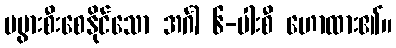
မပွားစီးစေနိုင်သော အင်္ဂါ ၆-ပါးစီ ဟောထား၏။